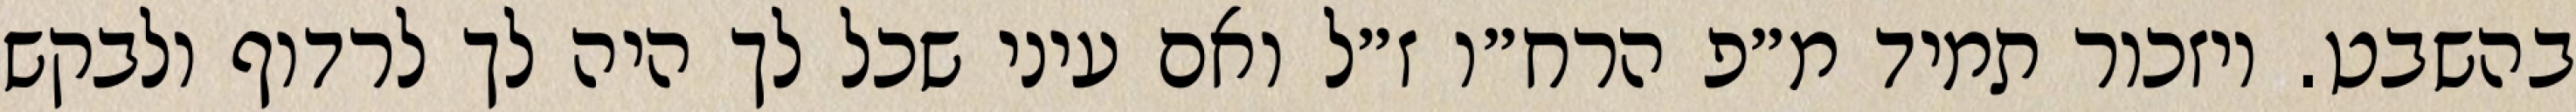
בהשבט. ויזכור תמיד מ״פ הרח״ו ז״ל ואם עיני שכל לך היה לך לרדוף ולבקש